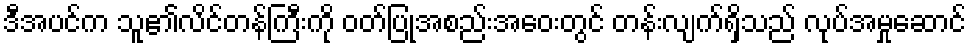
ဒီအပင်က သူ၏လိင်တန်ကြီးကို ဝတ်ပြုအစည်းအဝေးတွင် တန်းလျက်ရှိသည် လုပ်အမှုဆောင်